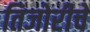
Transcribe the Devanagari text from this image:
तिजोरीचे